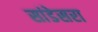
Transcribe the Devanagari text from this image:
सांडेसरा